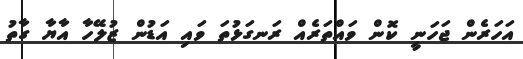
އަހަރެން ޖަހަނީ ކޮން ވައްތަރެއް ރަނގަޅުތަ ވައި އަޑުން ޒުލޭހާ އާޔާ ގާތު